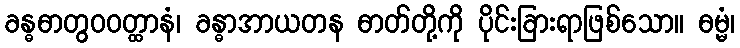
ခန္ဓဓာတွဝဝတ္ထာနံ၊ ခန္ဓာအာယတန ဓာတ်တို့ကို ပိုင်းခြားရာဖြစ်သော။ ဓမ္မံ၊